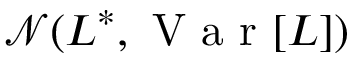
\mathcal { N } ( L ^ { * } , \mathrm { ~ V ~ a ~ r ~ } [ L ] )